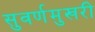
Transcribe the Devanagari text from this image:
सुवर्णमुखरी